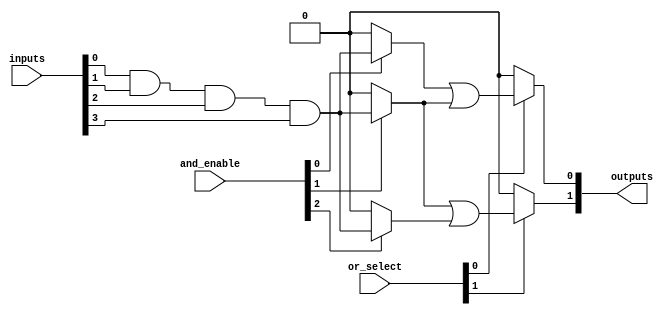
module hs_pal #(
    parameter NUM_INPUTS = 4,        // Number of input lines
    parameter NUM_AND_GATES = 8,     // Number of programmable AND gates
    parameter NUM_OR_GATES = 4,      // Number of fixed OR gates
    parameter NUM_OUTPUTS = 2         // Number of output lines
)(
    input wire [NUM_INPUTS-1:0] inputs, // Input lines
    input wire [NUM_AND_GATES-1:0] and_enable, // Control signals for AND gates
    input wire [NUM_OR_GATES-1:0] or_select, // Control signals for OR gates
    output wire [NUM_OUTPUTS-1:0] outputs // Output lines
);

// Programmable AND array
wire [NUM_AND_GATES-1:0] and_outputs [0:NUM_INPUTS-1]; // AND gate outputs

genvar i, j;
generate
    for (i = 0; i < NUM_AND_GATES; i = i + 1) begin : and_gate
        assign and_outputs[i] = (and_enable[i]) ? (inputs[0] & inputs[1] & inputs[2] & inputs[3]) : 1'b0; // Example logic
    end
endgenerate

// Fixed OR array
wire [NUM_OR_GATES-1:0] or_outputs; // OR gate outputs

generate
    for (j = 0; j < NUM_OR_GATES; j = j + 1) begin : or_gate
        assign or_outputs[j] = (or_select[j]) ? (and_outputs[j] | and_outputs[j + 1]) : 1'b0; // Example logic
    end
endgenerate

// Final output assignment
assign outputs = or_outputs[0:NUM_OUTPUTS-1]; // Select the required number of outputs

endmodule